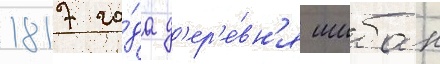
1817 го́да д'ер'е́вн'я шибан